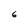
Character: 6